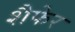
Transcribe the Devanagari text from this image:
शैफेर